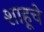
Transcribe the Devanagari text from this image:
शाहूचे